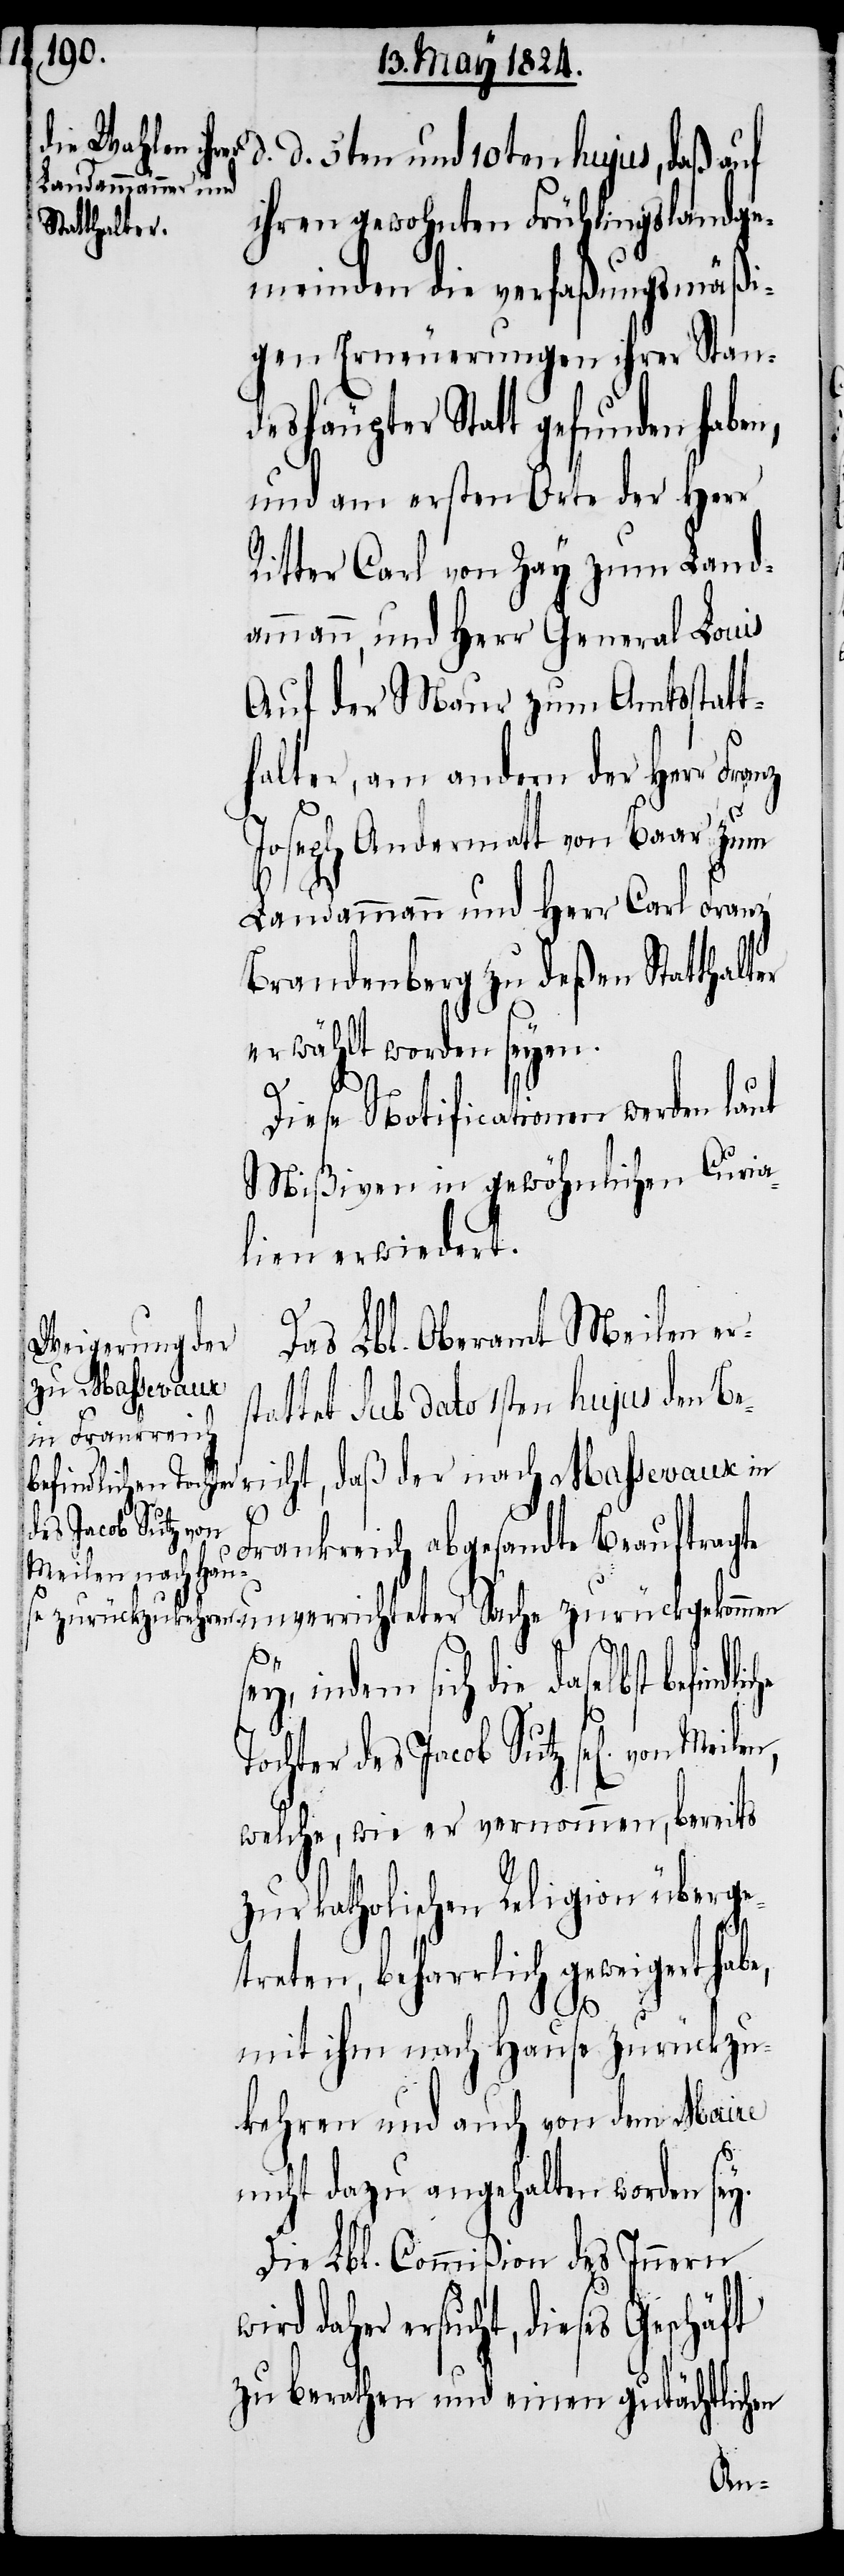
d. d. 5ten und 10ten hujus, daß auf
ihren gewohnten Frühlingslandge¬
meinden die verfaßungsmäßi¬
gen Erneuerungen ihrer Stan¬
deshäupter Statt gefunden haben,
und am ersten Orte der Herr
Ritter Carl von Zay zum Land¬
ammann, und Herr General Louis
Auf der Maur zum Amtsstatt¬
halter, am andern der Herr Fra¬
Joseph Andermatt von Baar zum
Landammann und Herr Carl Franz
Brandenberg zu deßen Statthalter
erwählt worden seyen.
Diese Notificationen werden laut
Mißiven in gewöhnlichen Curia¬
lien erwiedert.
Das Lbl. Oberamt Meilen er¬
stattet sub dato 1sten hujus den Be¬
Frankreich abgesandte Beauftragte
nz
indem sich die daselbst
Tochter des Jacob Sutz sel[ig] von
welche, wie er vernommen, bereits
zur katholischen Religion überge¬
treten, beharrlich geweigert habe,
mit ihm nach Hause zurückzu¬
kehren und auch von dem Maire
nicht dazu angehalten worden sey.
Die Lbl. Commißion des Innern
daher ersucht, dieses Geschäft
zu berathen und einen gutächtlichen